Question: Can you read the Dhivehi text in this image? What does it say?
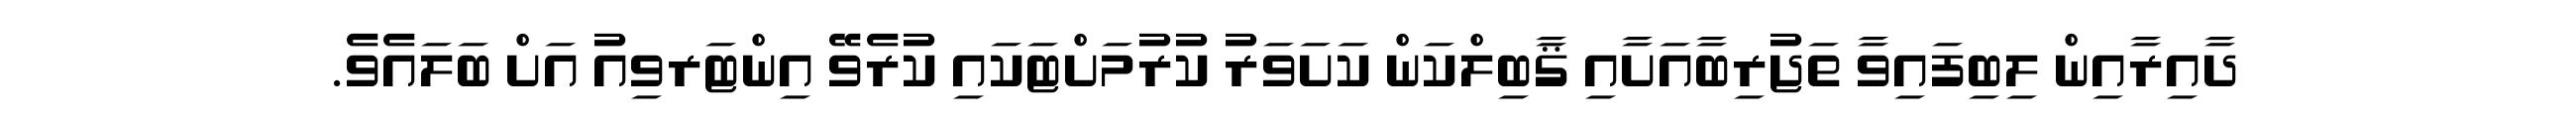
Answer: ދާއިރާއިން ލިބިފައިވާ ތަޖުރިބާއަށާއި ޤާބިލްކަން ކަށަވަރު ކުރުމަށްޓަކައި ކުރެވޭ އިންޓަރވިއު އަށް ބަލައެވެ.